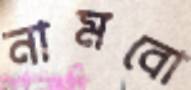
নামবো